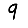
Digit: 9